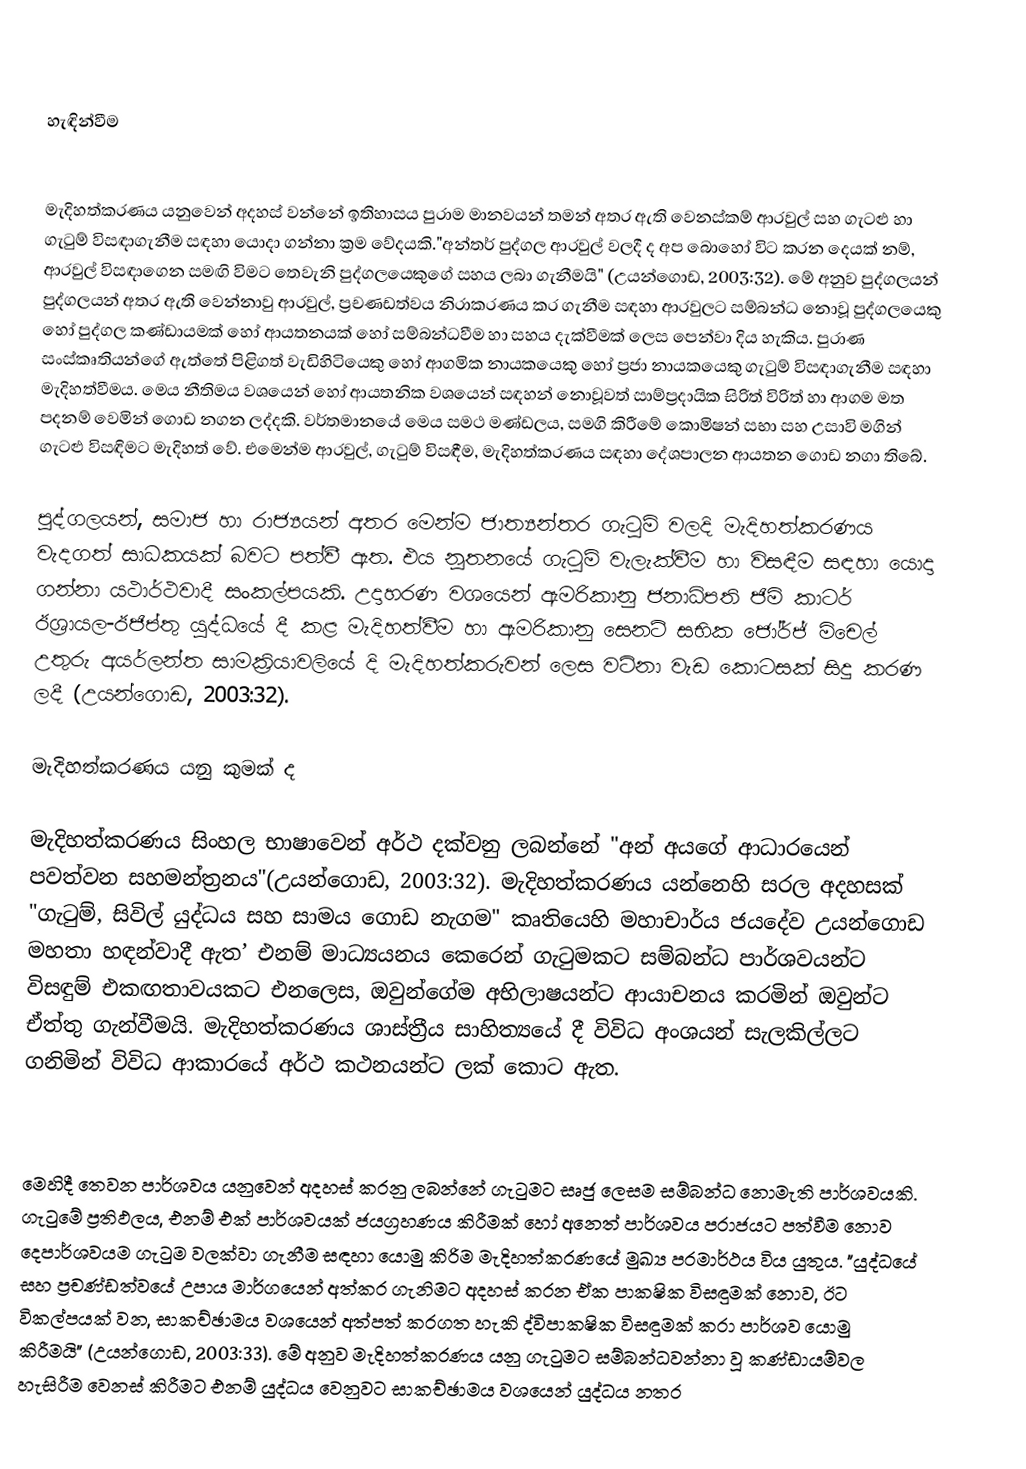

හැඳින්වීම

මැදිහත්කරණය යනුවෙන් අදහස් වන්නේ ඉතිහාසය පුරාම මානවයන් තමන් අතර ඇති වෙනස්කම් ආරවුල් සහ ගැටළු හා ගැටුම් විසඳාගැනීම සඳහා යොදා ගන්නා ක්‍රම වේදයකි."අන්තර් පුද්ගල ආරවුල් වලදී ද අප බොහෝ විට කරන දෙයක් නම්, ආරවුල් විසඳාගෙන සමඟි විමට තෙවැනි පුද්ගලයෙකුගේ සහය ලබා ගැනීමයි" (උයන්ගොඩ, 2003:32). මේ අනුව පුද්ගලයන් පුද්ගලයන් අතර ඇති වෙන්නාවු ආරවුල්, ප්‍රචණඩත්වය නිරාකරණය කර ගැනීම සඳහා ආරවුලට සම්බන්ධ නොවූ පුද්ගලයෙකු හෝ පුද්ගල කණ්ඩායමක් හෝ ආයතනයක් හෝ සම්බන්ධවීම හා සහය දැක්වීමක් ලෙස පෙන්වා දිය හැකිය. පුරාණ සංස්කෘතියන්ගේ ඇත්තේ පිළිගත් වැඩිහිටියෙකු හෝ ආගමික නායකයෙකු හෝ ප්‍රජා නායකයෙකු ගැටුම් විසඳාගැනීම සඳහා මැදිහත්වීමය. මෙය නීතිමය වශයෙන් හෝ ආයතනික වශයෙන් සඳහන් නොවූවත් සාම්ප්‍රදායික සිරිත් විරිත් හා ආගම මත පදනම් වෙමින් ගොඩ නගන ලද්දකි. වර්තමානයේ මෙය සමථ මණ්ඩලය, සමගි කිරීමේ කොමිෂන් සභා සහ උසාවි මගින් ගැටළු විසඳිමට මැදිහත් වේ. එමෙන්ම ආරවුල්, ගැටුම් විසඳීම, මැදිහත්කරණය සඳහා දේශපාලන ආයතන ගොඩ නගා තිබේ.

පුද්ගලයන්, සමාජ හා රාජ්‍යයන් අතර මෙන්ම ජාත්‍යන්තර ගැටුම් වලදි මැදිහත්කරණය වැදගත් සාධකයක් බවට පත්වී ඇත. එය නූතනයේ ගැටුම් වැලැක්වීම හා විසඳීම සඳහා යොදා ගන්නා යථාර්ථවාදී සංකල්පයකි. උදාහරණ වශයෙන් ඇමරිකානු ජනාධිපති ජිමි කාටර් ඊශ්‍රායල-ඊජිප්තු යුද්ධයේ දී කළ මැදිහත්වීම හා ඇමරිකානු සෙනට් සභික ජෝර්ජ් මිචෙල් උතුරු අයර්ලන්ත සාමක්‍රියාවලියේ දි මැදිහත්කරුවන් ලෙස වටිනා වැඩ කොටසක් සිදු කරණ ලදී (උයන්ගොඩ, 2003:32).

මැදිහත්කරණය යනු කුමක් ද

මැදිහත්කරණය සිංහල භාෂාවෙන් අර්ථ දක්වනු ලබන්නේ  "අන් අයගේ ආධාරයෙන් පවත්වන සහමන්ත්‍රනය"(උයන්ගොඩ, 2003:32). මැදිහත්කරණය යන්නෙහි සරල අදහසක් "ගැටුම්, සිවිල් යුද්ධය සහ සාමය ගොඩ නැගම" කෘතියෙහි මහාචාර්ය ජයදේව උයන්ගොඩ මහතා හඳන්වාදී ඇත’ එනම් මාධ්‍යයනය කෙරෙන් ගැටුමකට සම්බන්ධ පාර්ශවයන්ට විසඳුම් එකඟතාවයකට එනලෙස, ඔවුන්ගේම අභිලාෂයන්ට ආයාචනය කරමින් ඔවුන්ට ඒත්තු ගැන්වීමයි. මැදිහත්කරණය ශාස්ත්‍රීය සාහිත්‍යයේ දී  විවිධ අංශයන් සැලකිල්ලට ගනිමින් විවිධ ආකාරයේ අර්ථ කථනයන්ට ලක් කොට ඇත.

මෙහිදී තෙවන පාර්ශවය යනුවෙන් අදහස් කරනු ලබන්නේ ගැටුමට සෘජු ලෙසම සම්බන්ධ නොමැති පාර්ශවයකි. ගැටුමේ ප්‍රතිඵලය, එනම් එක් පාර්ශවයක් ජයග්‍රහණය කිරීමක් හෝ අනෙත් පාර්ශවය පරාජයට පත්වීම නොව දෙපාර්ශවයම ගැටුම වලක්වා ගැනීම සඳහා යොමු කිරිම මැදිහත්කරණයේ මුඛ්‍ය පරමාර්ථය විය යුතුය. "යුද්ධයේ සහ ප්‍රචණ්ඩත්වයේ උපාය මාර්ගයෙන් අත්කර ගැනිමට අදහස් කරන ඒක පාක‍ෂික විසඳුමක් නොව, ඊට විකල්පයක් වන, සාකච්ඡාමය වශයෙන් අත්පත් කරගත හැකි ද්විපාක‍ෂික විසඳුමක් කරා පාර්ශව යොමු කිරීමයි" (උයන්ගොඩ, 2003:33). මේ අනුව මැදිහත්කරණය යනු ගැටුමට සම්බන්ධවන්නා වූ කණ්ඩායම්වල හැසිරීම වෙනස් කිරීමට එනම් යුද්ධය වෙනුවට සාකච්ඡාමය වශයෙන් යුද්ධය නතර